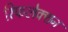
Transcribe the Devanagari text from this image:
रिफलेक्शन